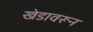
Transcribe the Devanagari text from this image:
खेडावरून